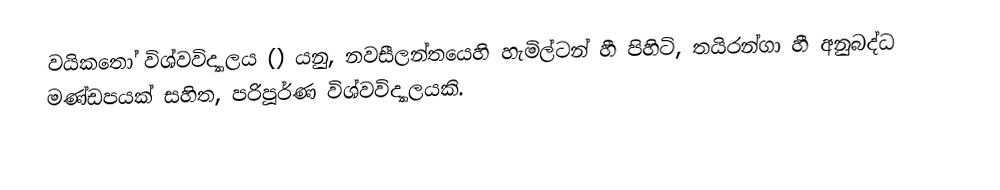
වයිකතෝ විශ්වවිද්‍යාලය () යනු, නවසීලන්තයෙහි  හැමිල්ටන් හී  පිහිටි,  තයිරන්ගා හී අනුබද්ධ මණ්ඩපයක් සහිත, පරිපූර්ණ විශ්වවිද්‍යාලයකි.